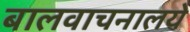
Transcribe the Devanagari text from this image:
बालवाचनालये